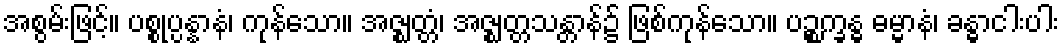
အစွမ်းဖြင့်။ ပစ္စုပ္ပန္နာနံ၊ ကုန်သော။ အဇ္ဈတ္တံ၊ အဇ္ဈတ္တသန္တာန်၌ ဖြစ်ကုန်သော။ ပဉ္စက္ခန္ဓ ဓမ္မာနံ၊ ခန္ဓာငါးပါး